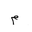
Letter: _mim